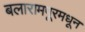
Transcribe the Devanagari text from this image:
बलारामपूरमधून